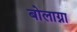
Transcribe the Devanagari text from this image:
बोलाग्ना